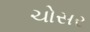
ચોસર